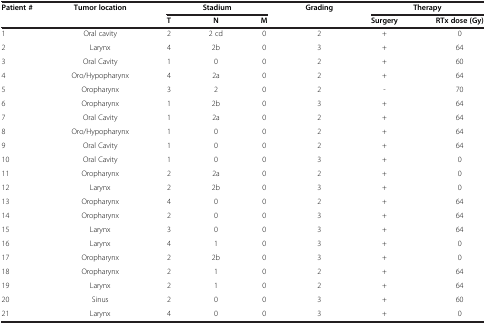
<table><thead><tr><td rowspan="2"><b>Patient #</b></td><td rowspan="2"><b>Tumor location</b></td><td colspan="3"><b>Stadium</b></td><td rowspan="2"><b>Grading</b></td><td colspan="2"><b>Therapy</b></td></tr><tr><td><b>T</b></td><td><b>N</b></td><td><b>M</b></td><td><b>Surgery</b></td><td><b>RTx dose (Gy)</b></td></tr></thead><tbody><tr><td>1</td><td>Oral cavity</td><td>2</td><td>2 cd</td><td>0</td><td>2</td><td>+</td><td>0</td></tr><tr><td>2</td><td>Larynx</td><td>4</td><td>2b</td><td>0</td><td>3</td><td>+</td><td>64</td></tr><tr><td>3</td><td>Oral Cavity</td><td>1</td><td>0</td><td>0</td><td>2</td><td>+</td><td>60</td></tr><tr><td>4</td><td>Oro/Hypopharynx</td><td>4</td><td>2a</td><td>0</td><td>2</td><td>+</td><td>64</td></tr><tr><td>5</td><td>Oropharynx</td><td>3</td><td>2</td><td>0</td><td>2</td><td>-</td><td>70</td></tr><tr><td>6</td><td>Oropharynx</td><td>1</td><td>2b</td><td>0</td><td>3</td><td>+</td><td>64</td></tr><tr><td>7</td><td>Oral Cavity</td><td>1</td><td>2a</td><td>0</td><td>2</td><td>+</td><td>64</td></tr><tr><td>8</td><td>Oro/Hypopharynx</td><td>1</td><td>0</td><td>0</td><td>2</td><td>+</td><td>64</td></tr><tr><td>9</td><td>Oral Cavity</td><td>1</td><td>0</td><td>0</td><td>2</td><td>+</td><td>64</td></tr><tr><td>10</td><td>Oral Cavity</td><td>1</td><td>0</td><td>0</td><td>3</td><td>+</td><td>0</td></tr><tr><td>11</td><td>Oropharynx</td><td>2</td><td>2a</td><td>0</td><td>2</td><td>+</td><td>0</td></tr><tr><td>12</td><td>Larynx</td><td>2</td><td>2b</td><td>0</td><td>3</td><td>+</td><td>0</td></tr><tr><td>13</td><td>Oropharynx</td><td>4</td><td>0</td><td>0</td><td>2</td><td>+</td><td>64</td></tr><tr><td>14</td><td>Oropharynx</td><td>2</td><td>0</td><td>0</td><td>3</td><td>+</td><td>64</td></tr><tr><td>15</td><td>Larynx</td><td>3</td><td>0</td><td>0</td><td>3</td><td>+</td><td>64</td></tr><tr><td>16</td><td>Larynx</td><td>4</td><td>1</td><td>0</td><td>3</td><td>+</td><td>0</td></tr><tr><td>17</td><td>Oropharynx</td><td>2</td><td>2b</td><td>0</td><td>3</td><td>+</td><td>0</td></tr><tr><td>18</td><td>Oropharynx</td><td>2</td><td>1</td><td>0</td><td>2</td><td>+</td><td>64</td></tr><tr><td>19</td><td>Larynx</td><td>2</td><td>1</td><td>0</td><td>2</td><td>+</td><td>64</td></tr><tr><td>20</td><td>Sinus</td><td>2</td><td>0</td><td>0</td><td>3</td><td>+</td><td>60</td></tr><tr><td>21</td><td>Larynx</td><td>4</td><td>0</td><td>0</td><td>3</td><td>+</td><td>0</td></tr></tbody></table>